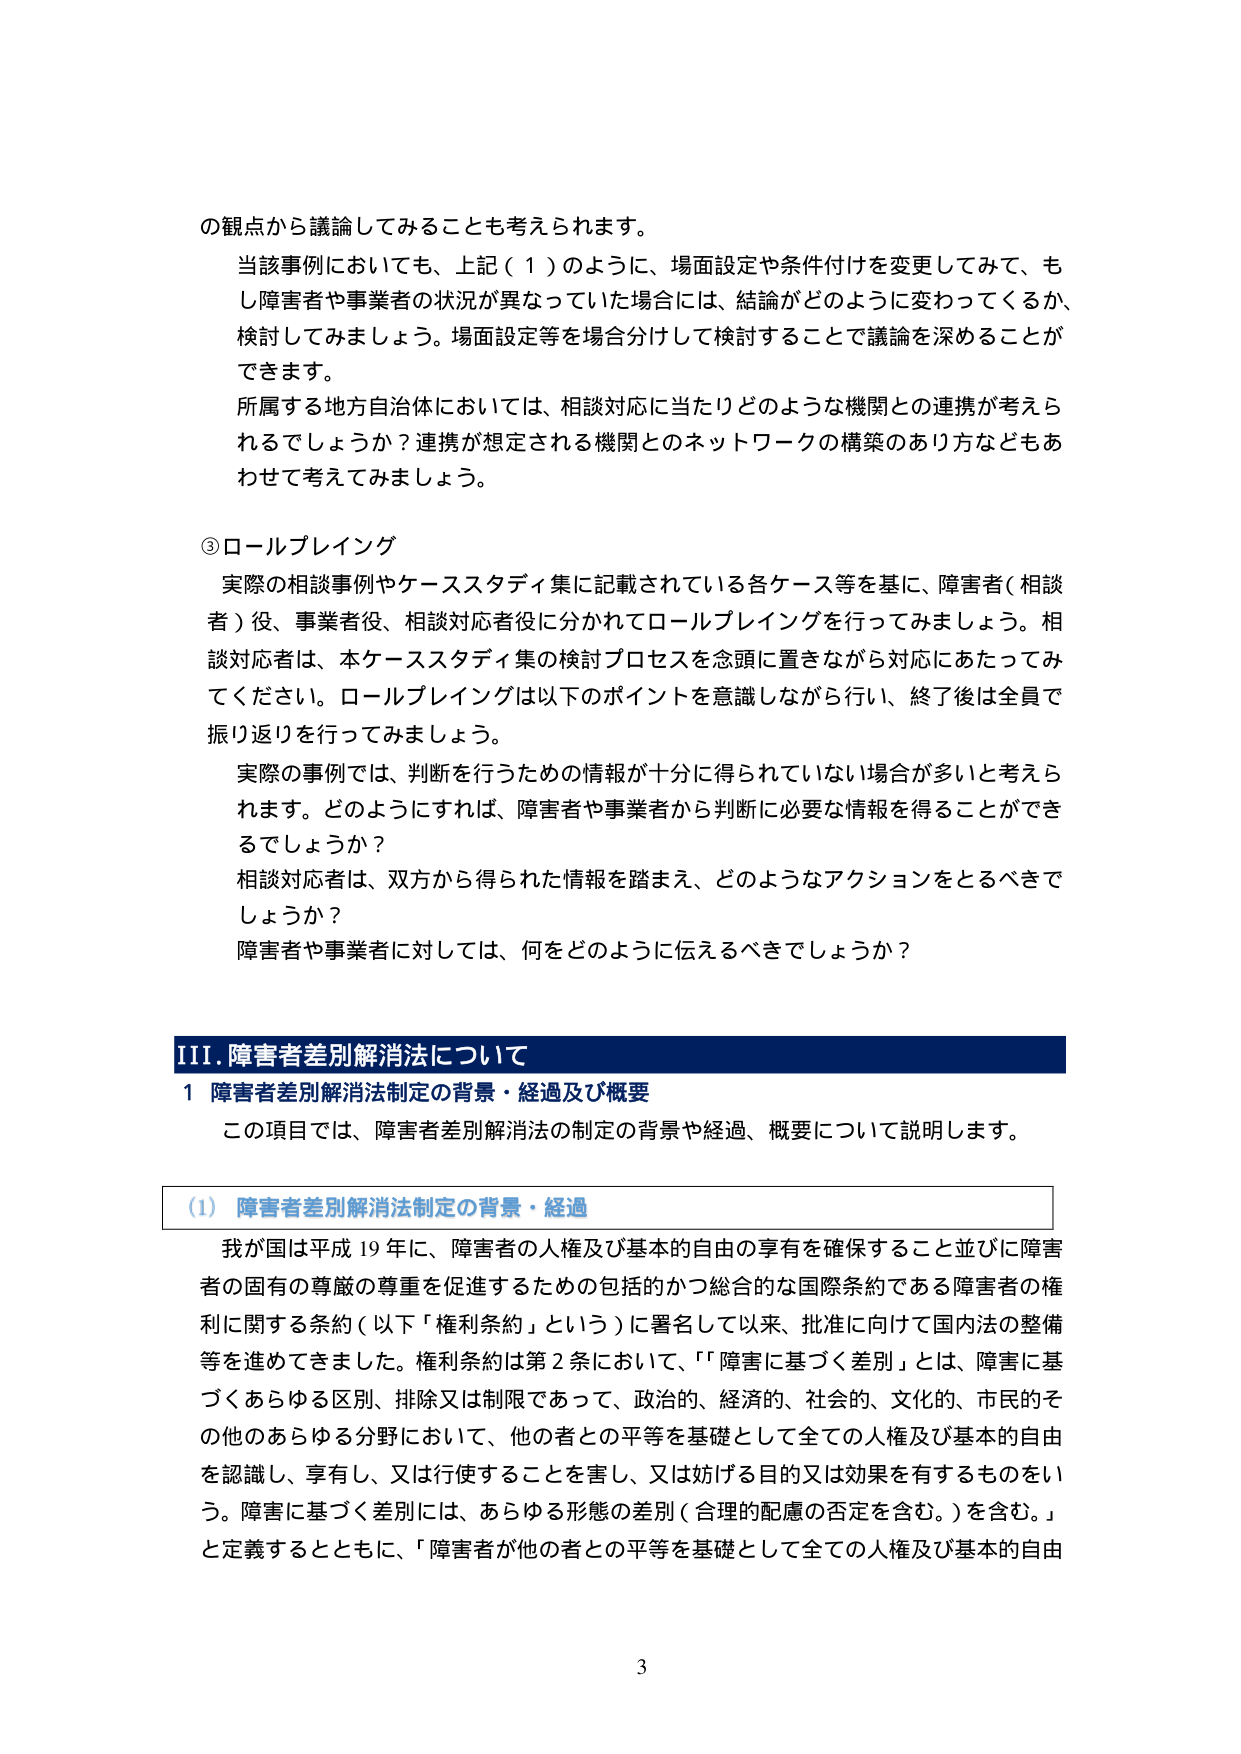
の観点から議論してみることも考えられます。

当該事例においても、上記（１）のように、場面設定や条件付けを変更してみて、もし障害者や事業者の状況が異なっていた場合には、結論がどのように変わってくるか、検討してみましょう。場面設定等を場合分けして検討することで議論を深めることができます。

所属する地方自治体においては、相談対応に当たりどのような機関との連携が考えられるでしょうか？連携が想定される機関とのネットワークの構築のあり方などもあわせて考えてみましょう。

③ ロールプレイング

実際の相談事例やケーススタディ集に記載されている各ケース等を基に、障害者（相談者）役、事業者役、相談対応者役に分かれてロールプレイングを行ってみましょう。相談対応者は、本ケーススタディ集の検討プロセスを念頭に置きながら対応にあたってみてください。ロールプレイングは以下のポイントを意識しながら行い、終了後は全員で振り返りを行ってみましょう。

実際の事例では、判断を行うための情報が十分に得られていない場合が多いと考えられます。どのようにすれば、障害者や事業者から判断に必要な情報を得ることができるでしょうか？

相談対応者は、双方から得られた情報を踏まえ、どのようなアクションをとるべきでしょうか？

障害者や事業者に対しては、何をどのように伝えるべきでしょうか？

III. 障害者差別解消法について

1 障害者差別解消法制定の背景・経過及び概要

この項目では、障害者差別解消法の制定の背景や経過、概要について説明します。

（1） 障害者差別解消法制定の背景・経過

我が国は平成19年に、障害者の人権及び基本的自由の享有を確保すること並びに障害者の固有の尊厳の尊重を促進するための包括的かつ総合的な国際条約である障害者の権利に関する条約（以下「権利条約」という）に署名して以来、批准に向けて国内法の整備等を進めてきました。権利条約は第2条において、「『障害に基づく差別』とは、障害に基づくあらゆる区別、排除又は制限であって、政治的、経済的、社会的、文化的、市民的その他のあらゆる分野において、他の者との平等を基礎として全ての人権及び基本的自由を認識し、享有し、又は行使することを害し、又は妨げる目的又は効果を有するものをいう。障害に基づく差別には、あらゆる形態の差別（合理的配慮の否定を含む。）を含む。」と定義するとともに、「障害者が他の者との平等を基礎として全ての人権及び基本的自由

3